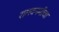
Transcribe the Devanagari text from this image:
रामवनमीचा